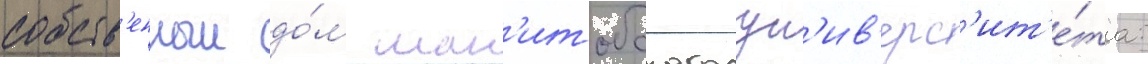
собств'енныи до́м ман'итобского ун'ив'ерс'ит'е́та: